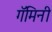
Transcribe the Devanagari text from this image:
गॅमिनी